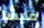
ميشا